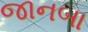
જાનબા